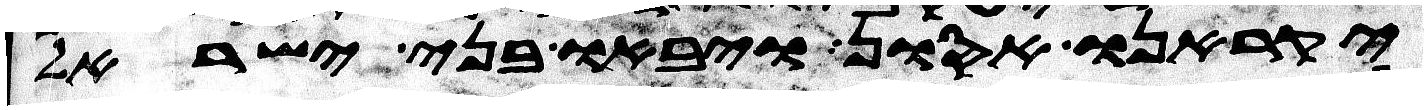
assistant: יקראנו אסון ויבאו בני ישראל